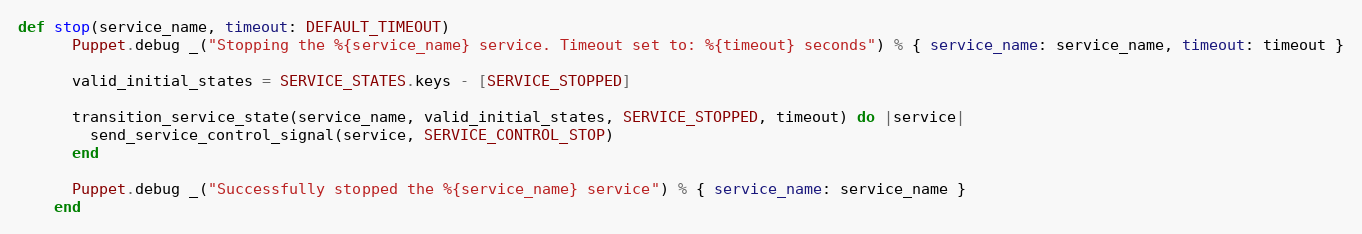
Language: Ruby
def stop(service_name, timeout: DEFAULT_TIMEOUT)
      Puppet.debug _("Stopping the %{service_name} service. Timeout set to: %{timeout} seconds") % { service_name: service_name, timeout: timeout }

      valid_initial_states = SERVICE_STATES.keys - [SERVICE_STOPPED]

      transition_service_state(service_name, valid_initial_states, SERVICE_STOPPED, timeout) do |service|
        send_service_control_signal(service, SERVICE_CONTROL_STOP)
      end

      Puppet.debug _("Successfully stopped the %{service_name} service") % { service_name: service_name }
    end